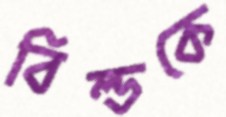
বিল্ডকে